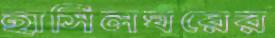
হাসিলঘরের